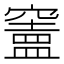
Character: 𥨠